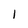
Character: 1